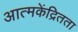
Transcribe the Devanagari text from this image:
आत्मकेंद्रितता